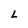
Character: L